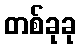
တစ်ခုခု